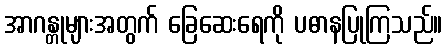
အာဂန္တုများအတွက် ခြေဆေးရေကို ပဓာနပြုကြသည်။